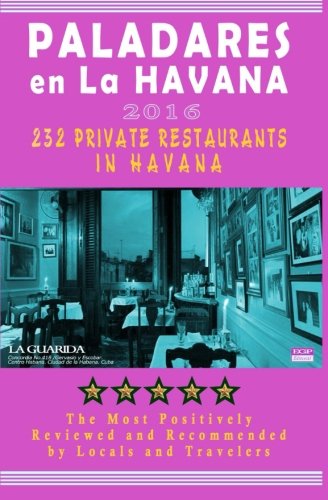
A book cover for Paladares en La Habana 2016: Best Rated Private Restaurants (Paladares) in Havana, 2016; Yardley G Castro; Travel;